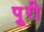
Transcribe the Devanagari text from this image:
पुूरी